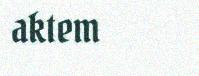
aktem